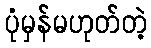
ပုံမှန်မဟုတ်တဲ့